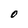
Character: 0